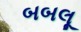
બબલૂ